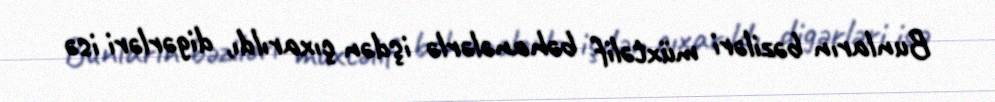
Bunların bəziləri müxtəlif bəhanələrlə işdən çıxarıldı, digərləri isə